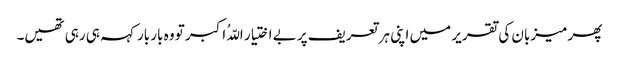
پھر میزبان کی تقریر میں اپنی ہر تعریف پر بے اختیار اللّہُ اکبر تو وہ بار بار کہہ ہی رہی تھیں۔